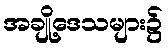
အချို့ဒေသများ၌